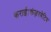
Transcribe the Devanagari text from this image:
कराई।कंज़रवेटिव